Vaccination in the Punjab 1905-1918 - 1905-1918
Year: 1905
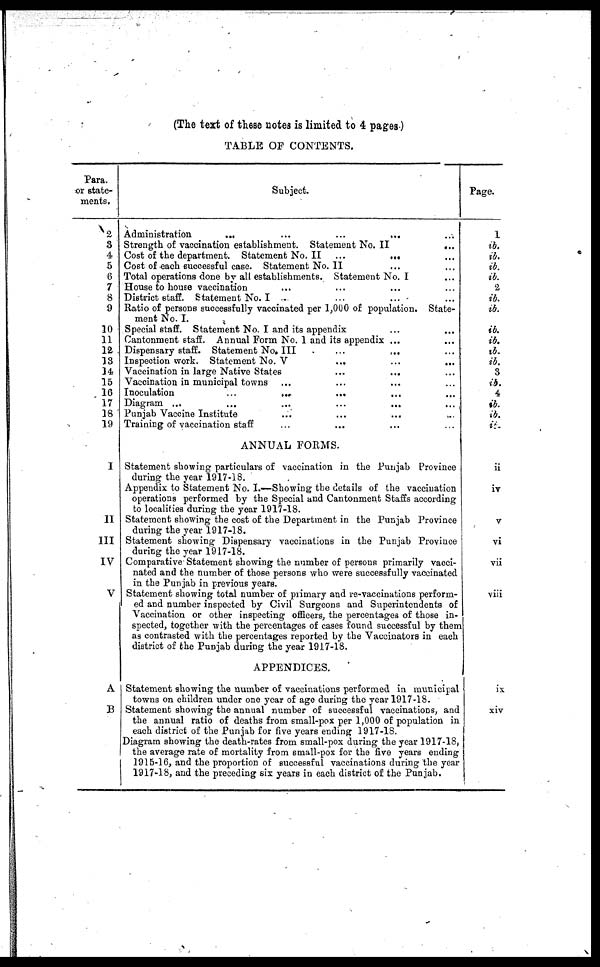
(The text of these notes is limited to 4 pages)
TABLE OF CONTENTS.
Para.
or state-
ments.
2
3
4
5
6
7
8
9
10
11
12
13
14.
15
16
17
18
19
I
11
III
IV
V
A
B
Subject.
Administration
...
...
...
... ...
Strength of vaccination establishment. Statement No. II
...
Cost of the department. Statement No.II
...
... ...
Cost of each successful case. Statement No. II ... ...
Total operations done by all establishments. Statement No. I ...
House to house vaccination ... ... ... ...
District staff. Statement No. I ... ... ... ...
Ratio of persons successfully vaccinated per 1,000 of population. State-
ment No. I.
Special staff. Statement No. I and its appendix ... ...
Cantonment staff. Annual Form No. 1 and its appendix ... ...
Dispensary staff. Statement No. III ... ... ...
Inspection work. Statement No. V
...
...
...
Vaccination in large Native States
...
... ...
Vaccination in municipal towns ... ... ... ...
Inoculation
...
... ... ... ...
Diagram ... ... ... ... ... ...
Punjab Vaccine Institute ... ... ... ...
Training of vaccination staff... ... ... ...
ANNUAL FORMS.
Statement showing particulars of vaccination in the Punjab Province
during the year 1917-18.
Appendix to Statement No. I.—Showing the details of the vaccination
operations performed by the Special and Cantonment Staffs according
to localities during the year 1917-18.
Statement showing the cost of the Department in the Punjab Province
during the year 1917-18.
Statement showing Dispensary vaccinations in the Punjab Province
during the year 1917-18.
Comparative Statement showing the number of persons primarily vacci-
nated and the number of those persons who were successfully vaccinated
in the Punjab in previous years.
Statement showing total number of primary and re-vaccinations perform-
ed and number inspected by Civil Surgeons and Superintendents of
Vaccination or other inspecting officers, the percentages of those in-
spected, together with the percentages of cases found successful by them
as contrasted with the percentages reported by the Vaccinators in each
district of the Punjab during the year 1917-18.
APPENDICES.
Statement showing the number of vaccinations performed in municipal
towns on children under one year of age during the year 1917-18.
Statement showing the annual number of successful vaccinations, and
the annual ratio of deaths from small-pox per 1,000 of population in
each district of the Punjab for five years ending 1917-18.
Diagram showing the death-rates from small-pox during the year 1917-18,
the average rate of mortality from small-pox for the five years ending
1915-16, and the proportion of successful vaccinations during the year
1917-18, and the preceding six years in each district of the Punjab.
Page.
1
ib.
ib.
ib.
ib.
2
ib.
ib.
ib.
ib.
ib.
ib.
3
ib.
4
ib.
ib.
ib.
ii
iv
V
vi
vii
viii
ix
xiv